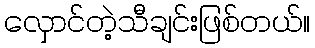
လှောင်တဲ့သီချင်းဖြစ်တယ်။